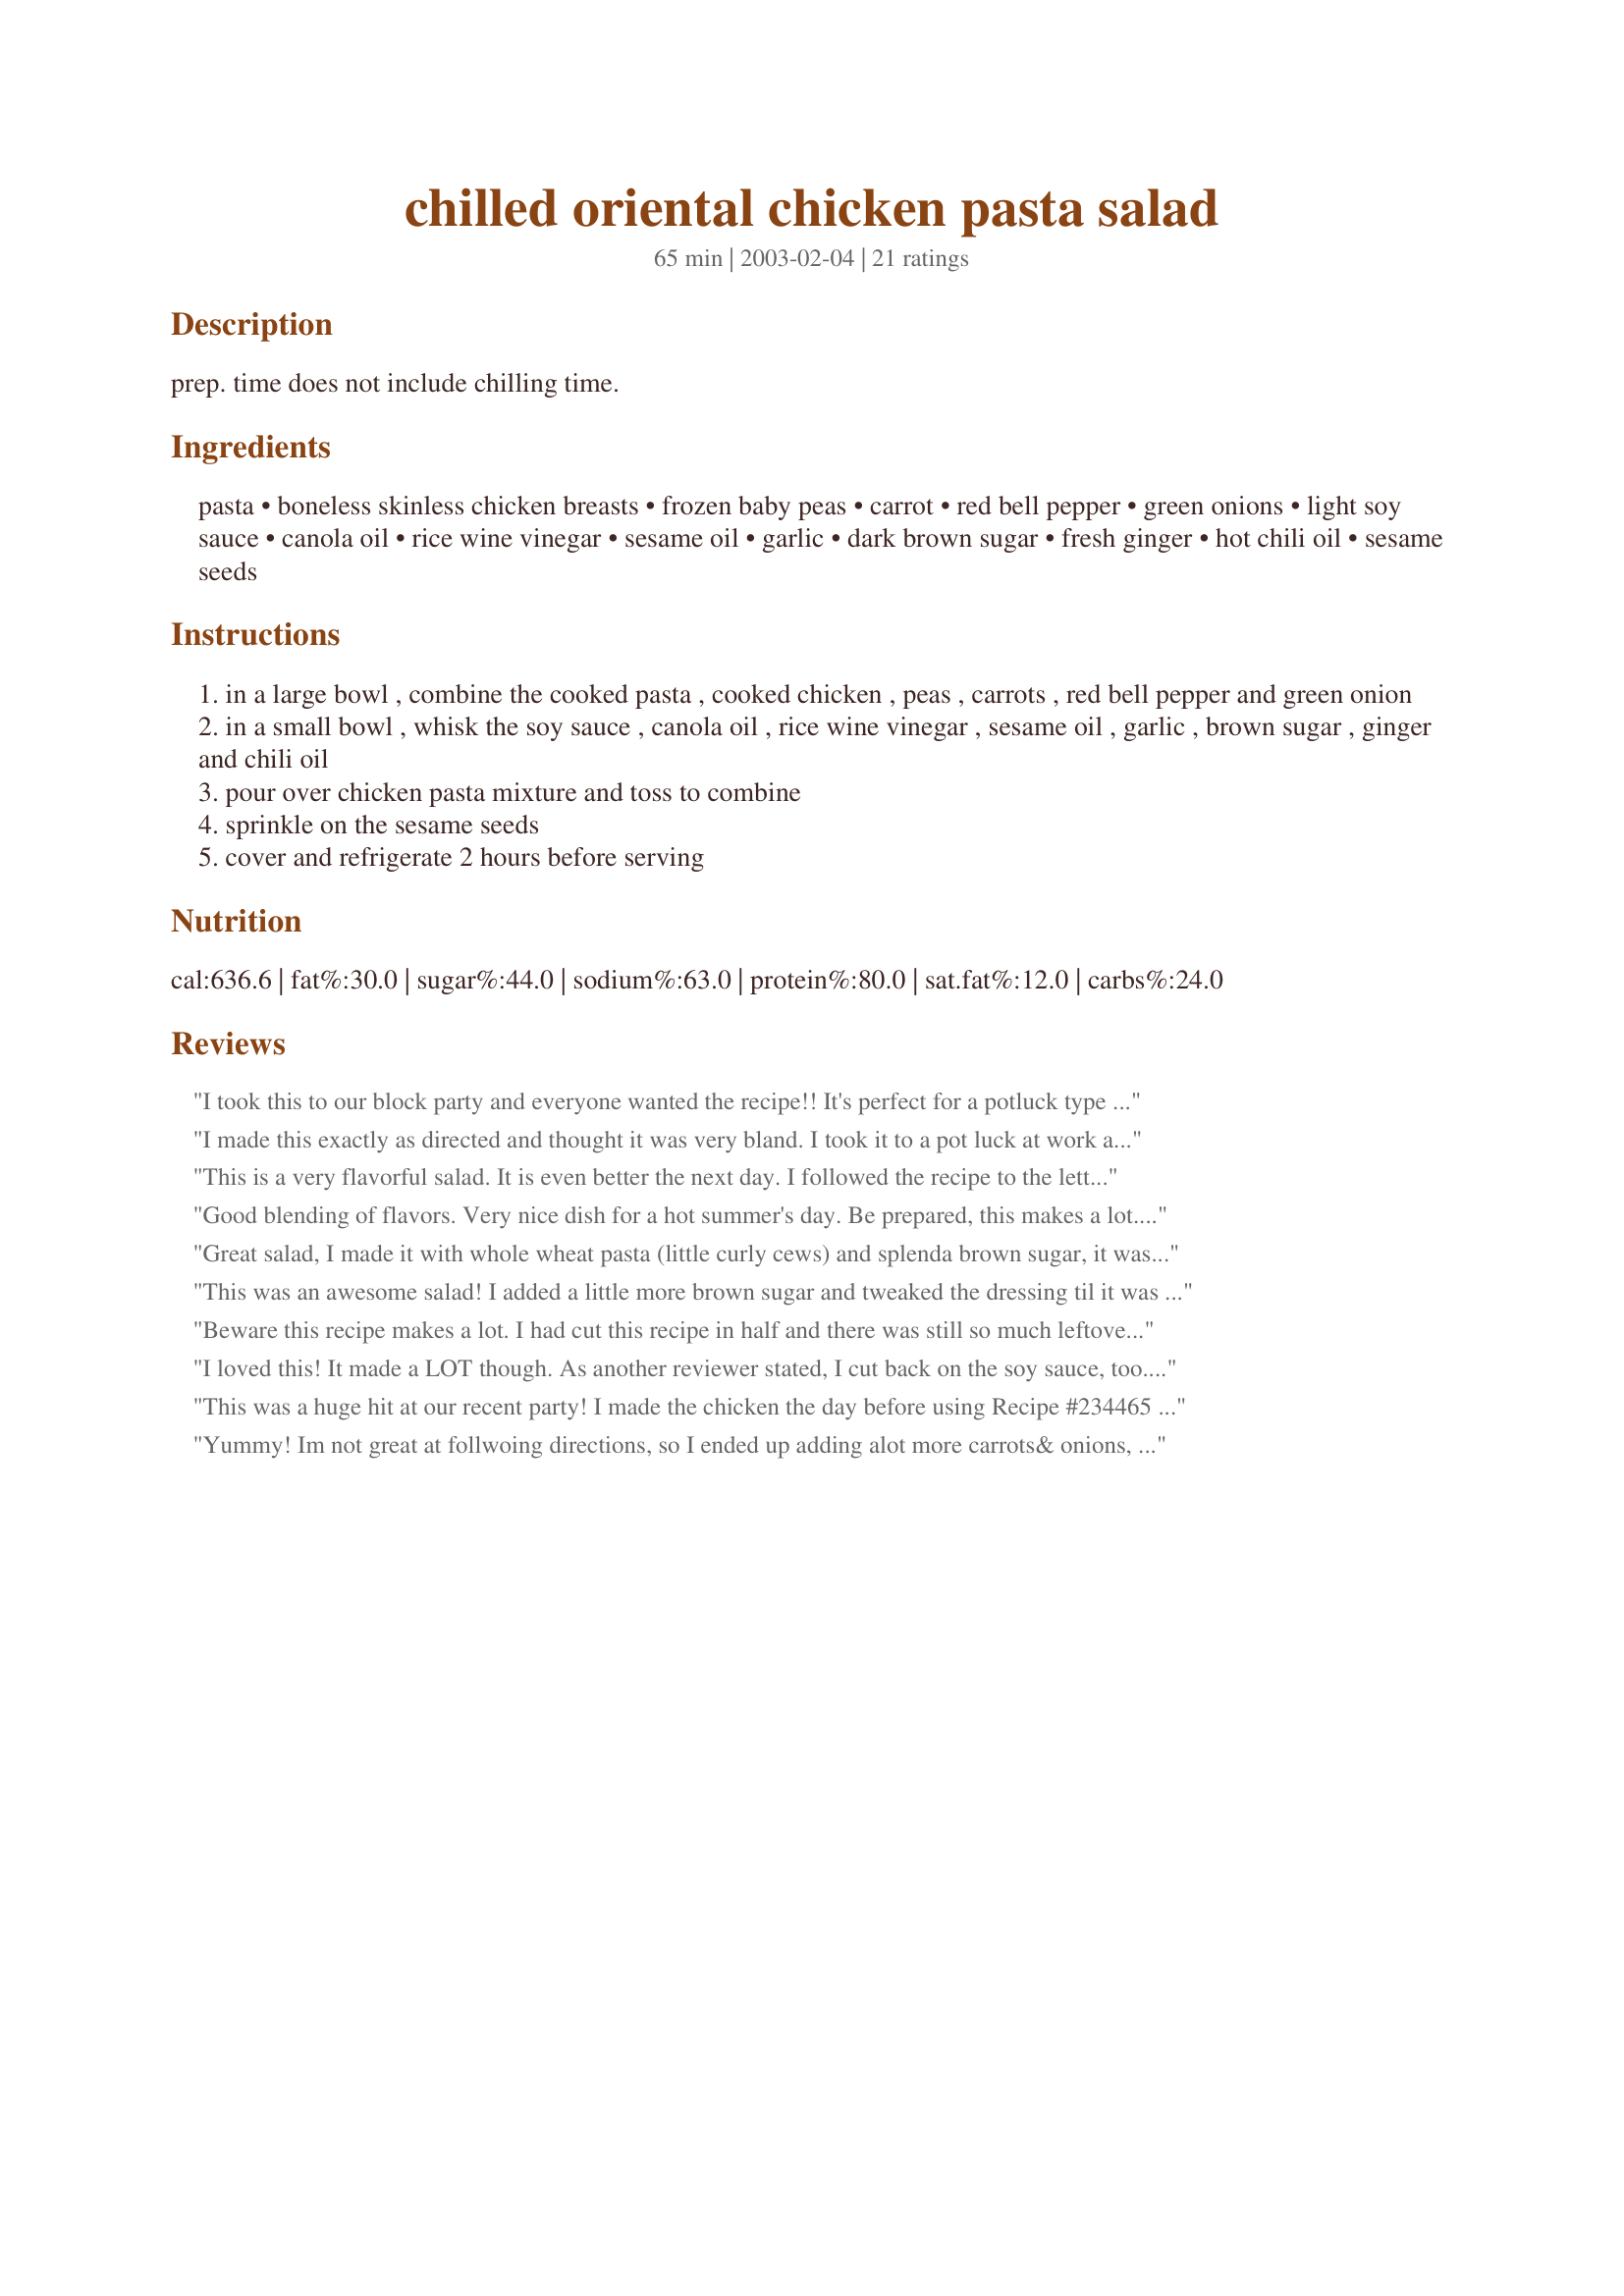
chilled oriental chicken pasta salad
Preparation time: 65 minutes

prep. time does not include chilling time.

Ingredients:
pasta, boneless skinless chicken breasts, frozen baby peas, carrot, red bell pepper, green onions, light soy sauce, canola oil, rice wine vinegar, sesame oil, garlic, dark brown sugar, fresh ginger, hot chili oil, sesame seeds

Steps:
in a large bowl , combine the cooked pasta , cooked chicken , peas , carrots , red bell pepper and green onion
in a small bowl , whisk the soy sauce , canola oil , rice wine vinegar , sesame oil , garlic , brown sugar , ginger and chili oil
pour over chicken pasta mixture and toss to combine
sprinkle on the sesame seeds
cover and refrigerate 2 hours before serving

Reviews:
I took this to our block party and everyone wanted the recipe!! It's perfect for a potluck type dinner and tastes fantastic!! Thank you, Gingerbear!!
I made this exactly as directed and thought it was very bland. I took it to a pot luck at work and it barely got touched - no one asked for the recipe or even commented on it. I ended up throwing more than half of it away and I'm kind of mad because I specifically went out and bought the rice wine vinegar, sesame oil, chili oil, sesame seeds and fresh ginger
This is a very flavorful salad. It is even better the next day. I followed the recipe to the letter, but used green pepper and sweet onion as that is what I had. I, too used hot sauce as I did not have hot chili oil. A very nice change for a pasta salad. Thanks, Carole in Orlando
Good blending of flavors. Very nice dish for a hot summer's day. Be prepared, this makes a lot. Great dish to take to a potluck.
Great salad, I made it with whole wheat pasta (little curly cews) and splenda brown sugar, it was great...
This was an awesome salad! I added a little more brown sugar and tweaked the dressing til it was perfect before adding it on. Will be making this again.... would be great with a picnic lunch too!
Beware this recipe makes a lot. I had cut this recipe in half and there was still so much leftover. The prep time is really pretty quick if your chicken is already cooked, no where near 45 minutes to prep. Other than cutting the recipe in half I added a little extra brown sugar as well as a bit of sweet soya sauce with the regular soya sauce. I just found it needed a bit more sweetness that is why I added extra. But I still found it to be missing something, just not sure what. It was a flavorful salad anyways and we enjoyed it for lunch with my egg rolls. Thanks for sharing your recipe Gingerbear.
I loved this! It made a LOT though. As another reviewer stated, I cut back on the soy sauce, too. I cut the brown sugar in half (personal preference). One pound of pasta (I used linguine) is really a lot when you add all the other ingredients. I had to use my other refrigerator to store it. I can't stop eating it. Instead of the chili oil I used garlic chili paste and I also topped the salad with crushed red pepper flakes to give it some ZING! I know what I'm taking to my next barbecue. Thanks for a great recipe.
This was a huge hit at our recent party! I made the chicken the day before using Recipe #234465 and cubed it up and stuck in the fridge. I put the salad together the day of the party. I did not have hot chili oil so I subbed Tabasco and it worked great. The recipe is simple to put together and everyone loved it ~ thanks for posting!
Yummy! Im not great at follwoing directions, so I ended up adding alot more carrots& onions, plus diced up some waterchestnuts---this was terrific--great flavor. Thanks for sharing
This is great! I have made this twice now. The first time, I thought there was too much soy, so I cut it back to 1/4 c thinking we could add more if wanted, and like it better with a little less soy. I also used leftover fried chicken from a picnic.
This was a really great recipe! Today was the first day of the year we were able to put the top down on my car, so it only seemed natural to serve a summertime dinner! Everyone enjoyed it, and my husband even had three helpings! Then requested that i make it camping this year. Thanks for a keeper!

We thought this salad was yummy but beware - even cut in 1/2 it makes ALOT! Thanks for posting!
Brought this to a potluck, it makes a huge amount, It filled a 1 gallon ice cream bucket. I thought it could use a little something so I added 1T honey and 1T frozen concentrated orange juice. I also toasted my sesame seeds in a little sesame oil, it really brought their flavor out. I also subbed Tabasco sauce since that was the only thing close I had to hot pepper sauce. It got great reviews at the pot luck
Delicious.
Very tasty salad! I did not have any bell pepper, so I added a little chopped jalapeno pepper. I also threw in some cilantro and jicama. My DH and 19 year old son wolfed it down. This is a keeper!! Thanks Gingerbear!
I loved this recipe!! I made it for a potluck and many people commented on how good it was and wanted the recipe. I used oriental rice sticks for noodles and chili a tablespoon of chili paste in place of the chili oil. I will certainly be using this recipe in the future.
This salad was wonderful!!! Well worth the work. It does make a lot - perfect for a potluck! Thanks for a yummy summertime recipe!
This was delicious! My roommate and I devoured almost the whole bowl in 2 days! I made a few minor changes just due to personal preference...I cut back the 1/2 C of canola oil to 1/8 C and increased the sesame oil to 5 T. I also added about 2 T chili oil as I like things spicy! Instead of a fresh carrot I used a bag of frozen peas/carrots that I had thawed out. This salad really was yummy!! Thanks Gingerbear:)
This was really good with leftover sliced steak. I didn't have any sesame oil or sesame seeds but it was still very tasty. Even my DH who thinks every meal has to have a hot chunk of meat, preferably with mashed potatoes and gravy, liked this on a hot summer day.
Absolutely fabulous! I didn't have hot chili oil in the house, so I used about 1 tsp hot red pepper seeds which gave the salad a gentle kick. Other than that, I prepared the recipe as-is.
My daughters do gymnastics out of town and I am always looking for a meal they can eat cold when they get done w/their workouts. There was a loud 'YUMMMMMMMMMMMM' from the back of my mini-van as they started eating this scrumptuous dish! I also shared a little w/some other gym-moms; they were all begging me for your recipe! Thanks for a keeper!
